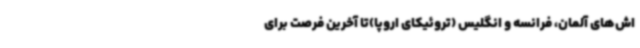
اش‌های آلمان، فرانسه و انگلیس (تروئیکای اروپا)تا آخرین فرصت برای